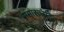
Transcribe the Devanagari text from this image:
समासजटिल